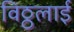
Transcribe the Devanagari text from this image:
विठ्ठलाई